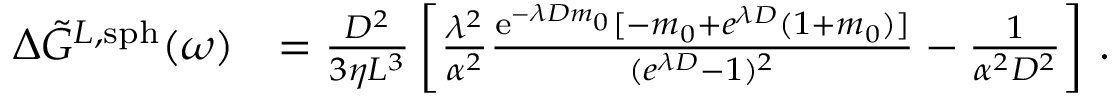
\begin{array} { r l } { \Delta \Tilde { G } ^ { L , \mathrm { s p h } } ( \omega ) } & { = \frac { D ^ { 2 } } { 3 \eta L ^ { 3 } } \left[ \frac { \lambda ^ { 2 } } { \alpha ^ { 2 } } \frac { \mathrm { e } ^ { - \lambda D m _ { 0 } } [ - m _ { 0 } + e ^ { \lambda D } ( 1 + m _ { 0 } ) ] } { ( { e } ^ { \lambda D } - 1 ) ^ { 2 } } - \frac { 1 } { \alpha ^ { 2 } D ^ { 2 } } \right] \, . } \end{array}